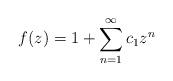
LaTeX: \begin{align*} f(z) = 1+ \sum_{n=1}^{\infty} c_1z^n\end{align*}